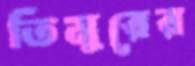
তিমুরের